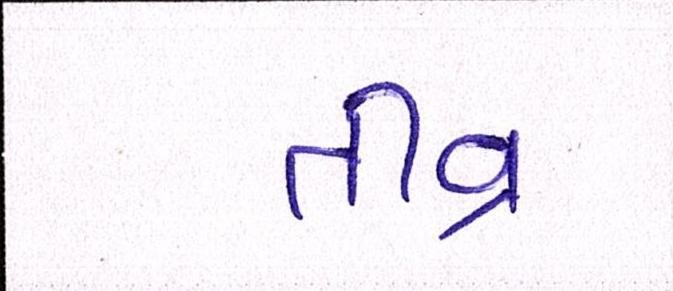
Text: તીવ્ર